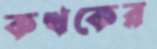
কত্থকের